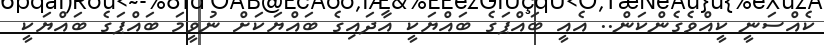
ކެއްސަނީ ކީއްވެގެންކަން.. އެއީ ބައްޕަގެ ބައްޔަކީ އާދައިގެ ބައްޔަކަށް ނުވީމަ ބައްޕަގެ ބައްޔަކީ